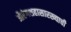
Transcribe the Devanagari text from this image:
औरंगशहासारख्याची